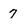
Character: 7